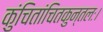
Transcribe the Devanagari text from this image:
कुंचितांचितकुन्तलः।